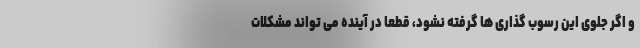
و اگر جلوی این رسوب گذاری ها گرفته نشود، قطعا در آینده می تواند مشکلات